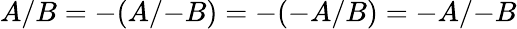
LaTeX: A/B=-(A/{-B})=-(-A/B)=-A/{-B}